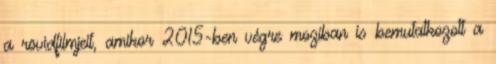
a rövidfilmjeit, amikor 2015-ben végre moziban is bemutatkozott a